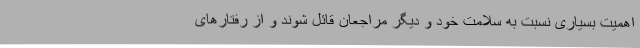
اهمیت بسیاری نسبت به سلامت خود و دیگر مراجعان قائل شوند و از رفتارهای